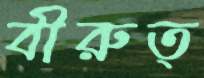
বীরুত্